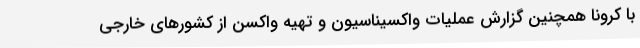
با کرونا همچنین گزارش عملیات واکسیناسیون و تهیه واکسن از کشورهای خارجی